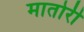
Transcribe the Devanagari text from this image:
मातोरी